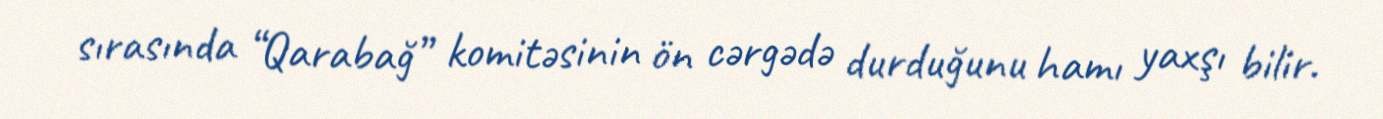
sırasında “Qarabağ” komitəsinin ön cərgədə durduğunu hamı yaxşı bilir.